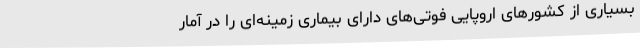
بسیاری از کشورهای اروپایی فوتی‌های دارای بیماری زمینه‌ای را در آمار